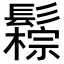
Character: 𩯖